Civil Veterinary Dept. North-West Frontier Province 1901-22 - 1901-1922
Year: 1901
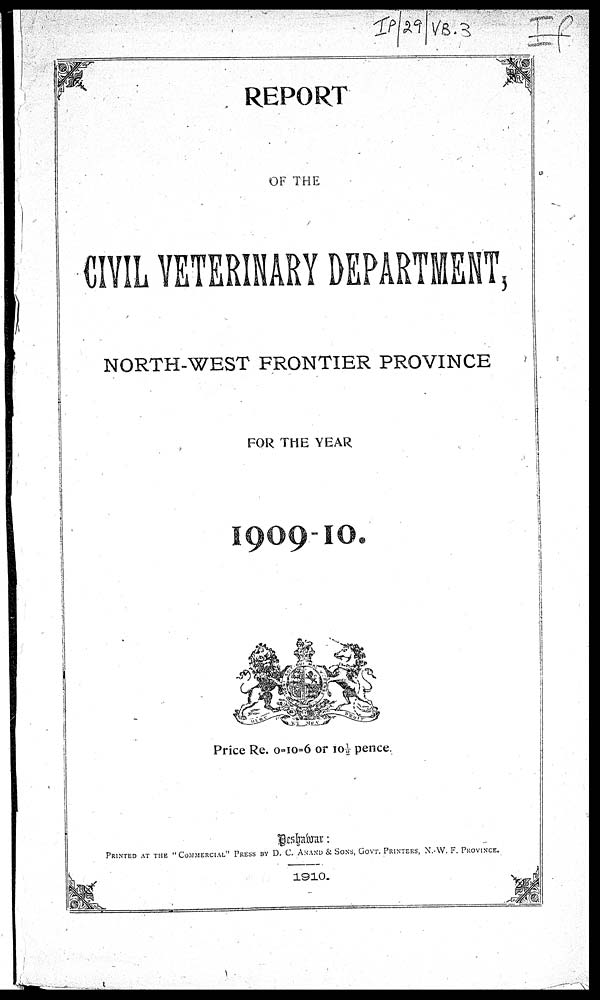
REPORT
OF THE
CIVIL VETERINARY DEPARTMENT,
NORTH-WEST FRONTIER PROVINCE
FOR THE YEAR
1909-10.
Price Re. 0=10=6 or 10½ pence.
PRINTED AT THE "COMMERCIAL" PRESS BY D. C. ANAND & SONS, GOVT. PRINTERS, N.-W. F. PROVINCE.
1910.